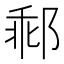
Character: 𨛽